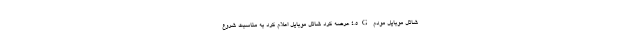
شاتل موبایل مودم‌ 4.5G عرضه کرد شاتل موبایل اعلام کرد به مناسبت شروع